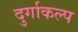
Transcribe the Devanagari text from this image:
दुर्गाकल्प